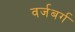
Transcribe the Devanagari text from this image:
वर्जबर्ग